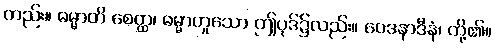
တည်း။ ဓမ္မာတိ စေတ္ထ၊ ဓမ္မာဟူသော ဤပုဒ်၌လည်း။ ဝေဒနာဒီနံ၊ တို့၏။